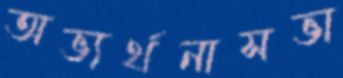
অভ্যর্থনাসভা